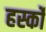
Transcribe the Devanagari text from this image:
हर्स्को